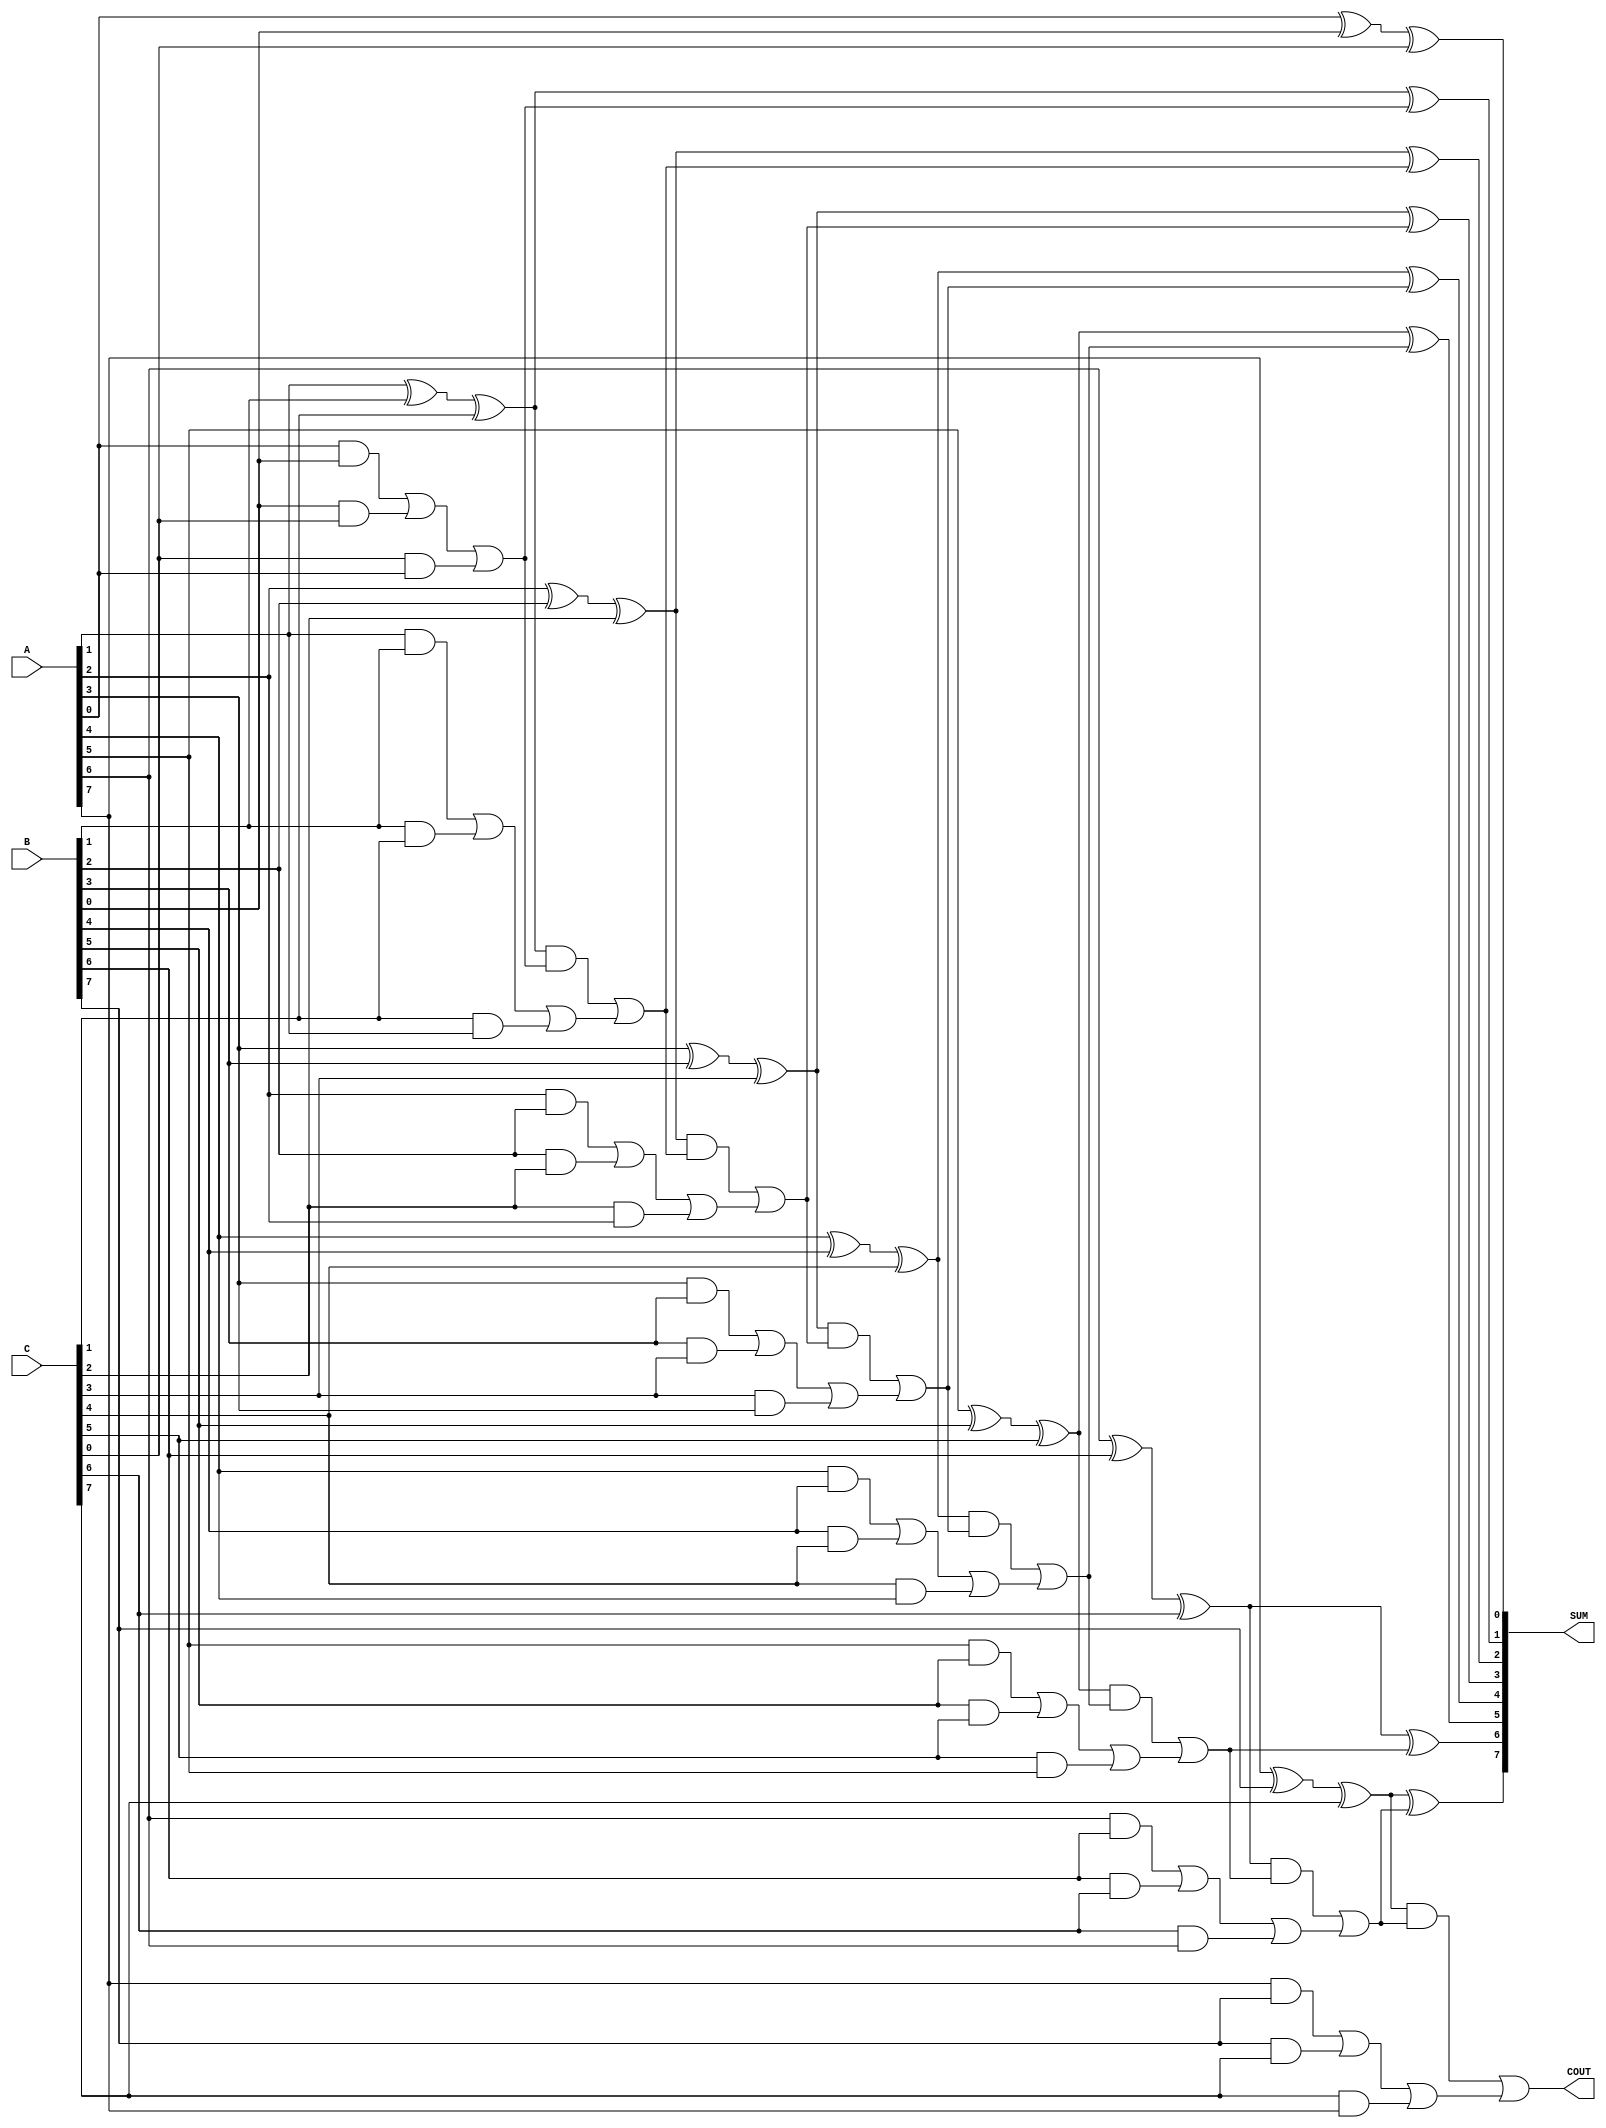
module CarrySaveAdder #(
    parameter WIDTH = 8 // Bit-width of the operands
)(
    input  [WIDTH-1:0] A, // First operand
    input  [WIDTH-1:0] B, // Second operand
    input  [WIDTH-1:0] C, // Third operand
    output [WIDTH-1:0] SUM, // Final sum output
    output COUT // Final carry output
);

    // Intermediate wires for partial sums and carries
    wire [WIDTH-1:0] P1, P2; // Partial sums
    wire [WIDTH-1:0] C1, C2; // Partial carries

    // Stage 1: Compute partial sums and carries
    genvar i;
    generate
        for (i = 0; i < WIDTH; i = i + 1) begin : CSA_stage1
            assign P1[i] = A[i] ^ B[i] ^ C[i]; // Partial sum
            assign C1[i] = (A[i] & B[i]) | (B[i] & C[i]) | (C[i] & A[i]); // Partial carry
        end
    endgenerate

    // Stage 2: Final carry propagation using the partial sums and carries from stage 1
    wire [WIDTH-1:0] P_final; // Final sum after carry propagation
    wire [WIDTH-1:0] C_final; // Final carry after propagation

    generate
        for (i = 0; i < WIDTH; i = i + 1) begin : CSA_stage2
            if (i == 0) begin
                assign P_final[i] = P1[i]; // First bit
                assign C_final[i] = C1[i]; // First carry
            end else begin
                assign P_final[i] = P1[i] ^ C_final[i-1]; // Final sum bit
                assign C_final[i] = (P1[i] & C_final[i-1]) | C1[i]; // Final carry bit
            end
        end
    endgenerate

    // Assign outputs
    assign SUM = P_final;
    assign COUT = C_final[WIDTH-1]; // Final carry out

endmodule